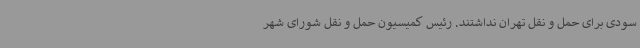
سودی برای حمل و نقل تهران نداشتند. رئیس کمیسیون حمل و نقل شورای شهر